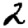
Digit: 2